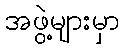
အဖွဲ့များမှာ